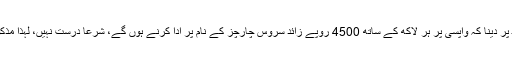
صورتِ مسئولہ میں قرضہ اس شرط پر دینا کہ واپسی پر ہر لاکھ کے ساتھ 4500 روپے زائد سروس چارچز کے نام پر ادا کرنے ہوں گے، شرعاً درست نہیں، لہذا مذکورہ ادارے سے قرض لینا جائز نہیں۔